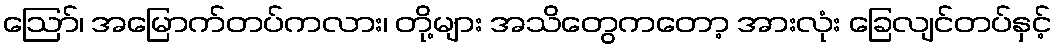
ဩော်၊ အမြောက်တပ်ကလား၊ တို့များ အသိတွေကတော့ အားလုံး ခြေလျင်တပ်နှင့်